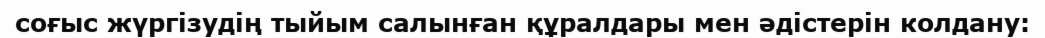
соғыс жүргізудің тыйым салынған құралдары мен әдістерін колдану: